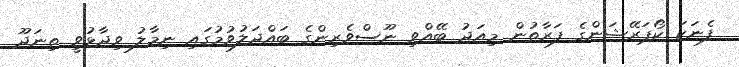
ފެނަކަ ކޯޕަރޭޝަންގެ ފަރާތުން މިއަދު ބޭއްވި ނޫސްވެރިންގެ ބައްދަލުވުމުގައި ނިމާލު ވިދާޅުވީ ތިނަދޫ